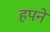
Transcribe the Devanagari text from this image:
हपने